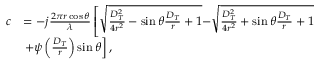
\begin{array} { r l } { c } & { = - j \frac { { 2 \pi r \cos \theta } } { \lambda } \left[ { { \sqrt { \frac { { D _ { T } ^ { 2 } } } { { 4 { r ^ { 2 } } } } - \sin \theta \frac { { { D _ { T } } } } { r } + 1 } } } { - \sqrt { \frac { { D _ { T } ^ { 2 } } } { { 4 { r ^ { 2 } } } } + \sin \theta \frac { { { D _ { T } } } } { r } + 1 } } \right. } \\ & { \left. + \psi \left( \frac { D _ { T } } { r } \right) \sin \theta \right] , } \end{array}